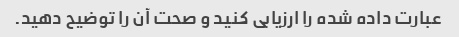
عبارت داده شده را ارزیابی کنید و صحت آن را توضیح دهید.